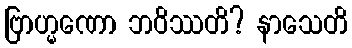
ဗြာဟ္မဏော ဘဝိဿတိ? နာသေတိ